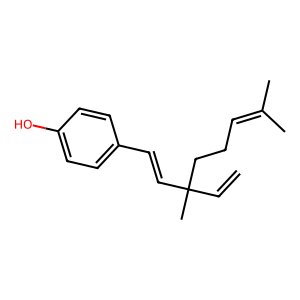
SMILES: C=CC(C)(C=Cc1ccc(O)cc1)CCC=C(C)C
Inhibits HIV replication: No